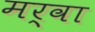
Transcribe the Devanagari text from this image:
मर्वा